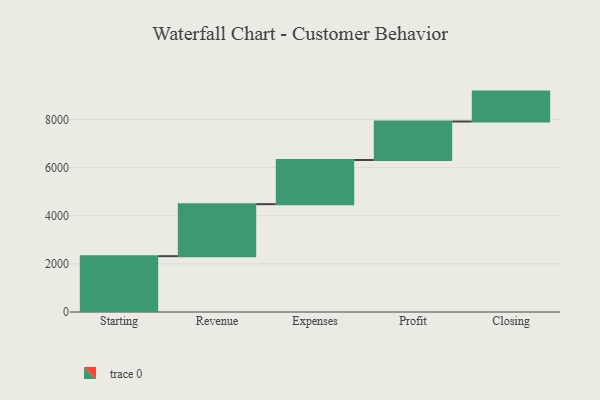
{"axis": {"x": "Step", "y": "Value"}, "legend": [""], "data": [{"x": "Starting", "y": 2319.0, "type": ""}, {"x": "Revenue", "y": 2161.0, "type": ""}, {"x": "Expenses", "y": 1835.0, "type": ""}, {"x": "Profit", "y": 1599.0, "type": ""}, {"x": "Closing", "y": 1242.0, "type": ""}]}